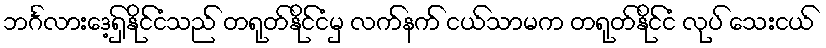
ဘင်္ဂလားဒေ့ရှ်နိုင်ငံသည် တရုတ်နိုင်ငံမှ လက်နက် ငယ်သာမက တရုတ်နိုင်ငံ လုပ် သေးငယ်